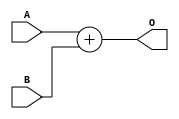
`timescale 1ns / 1ps
//////////////////////////////////////////////////////////////////////////////////
// Company: 
// Engineer: 
// 
// Design Name: 
// Module Name: adder22
// Project Name: 
// Target Devices: 
// Tool Versions: 
// Description: 
// 
// Dependencies: 
// 
// Revision:
// Revision 0.01 - File Created
// Additional Comments:
// 
//////////////////////////////////////////////////////////////////////////////////


module adder22(
input signed [19:0]A,
input signed [21:0]B,
output signed [21:0]O
    );
    assign O=A+B;
endmodule